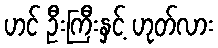
ဟင် ဦးကြီးနှင့် ဟုတ်လား